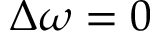
\Delta \omega = 0